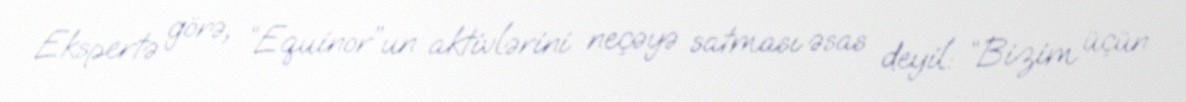
Ekspertə görə, “Equinor”un aktivlərini neçəyə satması əsas deyil: “Bizim üçün